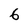
Character: 6